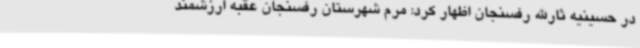
در حسینیه ثارالله رفسنجان اظهار کرد: مرم شهرستان رفسنجان عقبه ارزشمند